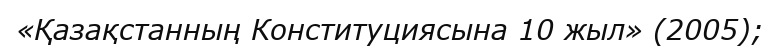
«Қазақстанның Конституциясына 10 жыл» (2005);